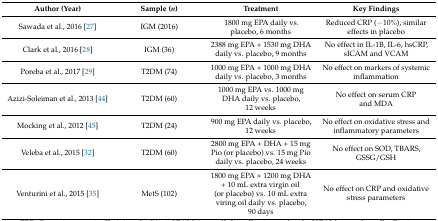
<table><thead><tr><td><b>Author (Year)</b></td><td><b>Sample (<i>n</i>)</b></td><td><b>Treatment</b></td><td><b>Key Findings</b></td></tr></thead><tbody><tr><td>Sawada et al., 2016 [27]</td><td>IGM (2016)</td><td>1800 mg EPA daily vs. placebo, 6 months</td><td>Reduced CRP (−10%), similar effects in placebo</td></tr><tr><td>Clark et al., 2016 [28]</td><td>IGM (36)</td><td>2388 mg EPA + 1530 mg DHA daily vs. placebo, 9 months</td><td>No effect in IL-1B, IL-6, hsCRP, sICAM and VCAM</td></tr><tr><td>Poreba et al., 2017 [29]</td><td>T2DM (74)</td><td>1000 mg EPA + 1000 mg DHA daily vs. placebo, 3 months</td><td>No effect on markers of systemic inflammation</td></tr><tr><td>Azizi-Soleiman et al., 2013 [44]</td><td>T2DM (60)</td><td>1000 mg EPA vs. 1000 mg DHA daily vs. placebo, 12 weeks</td><td>No effect on serum CRP and MDA</td></tr><tr><td>Mocking et al., 2012 [45]</td><td>T2DM (24)</td><td>900 mg EPA daily vs. placebo, 12 weeks</td><td>No effect on oxidative stress and inflammatory parameters</td></tr><tr><td>Veleba et al., 2015 [32]</td><td>T2DM (60)</td><td>2800 mg EPA + DHA + 15 mg Pio (or placebo) vs. 15 mg Pio daily vs. placebo, 24 weeks</td><td>No effect on SOD, TBARS, GSSG/GSH</td></tr><tr><td>Venturini et al., 2015 [35]</td><td>MetS (102)</td><td>1800 mg EPA + 1200 mg DHA + 10 mL extra virgin oil (or placebo) vs. 10 mL extra viring oil daily vs. placebo, 90 days</td><td>No effect on CRP and oxidative stress parameters</td></tr></tbody></table>